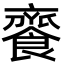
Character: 𩝦